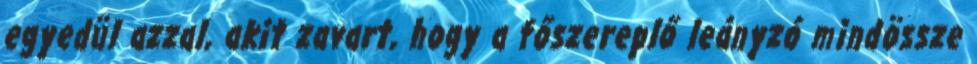
egyedül azzal, akit zavart, hogy a főszereplő leányzó mindössze